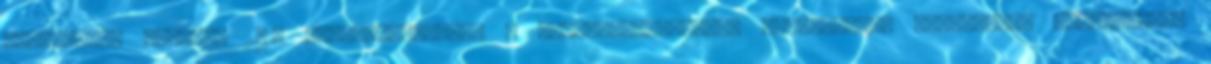
PEDAGÓGIAI PROGRAM 2013 TARTALOMJEGYZÉK A nevelési-oktatási intézmények pedagógiai programjára